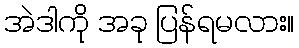
အဲဒါကို အခု ပြန်ရမလား။